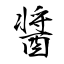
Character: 醤